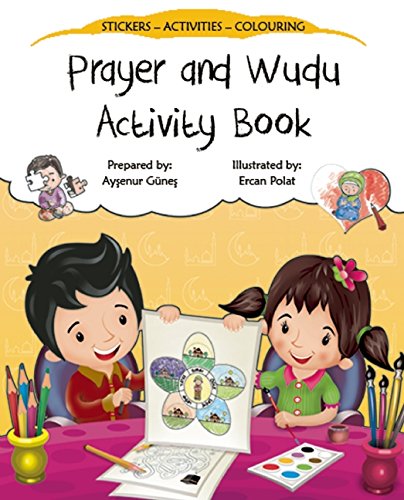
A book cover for All about Prayer (Salah) Activity Book (Discover Islam Sticker Activity Books); Aysenur Gunes; Children's Books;